Indian journal of veterinary science and animal husbandry - Volume 14,
Year: 1944
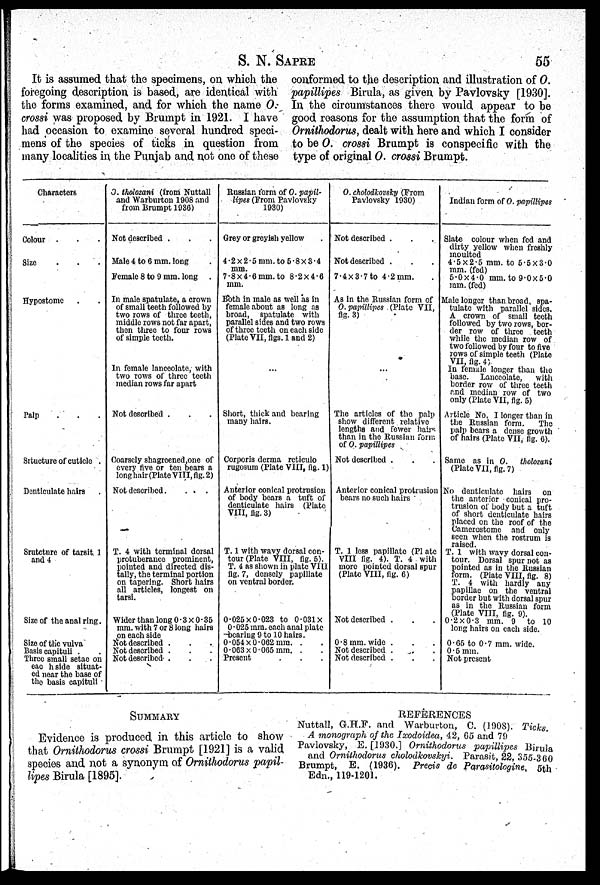
S. N.
SAPRE
55
It is assumed that the specimens, on which the
foregoing description is based, are identical with
the forms examined, and for which the name O.
crossi was proposed by Brumpt in 1921. I have
had occasion to examine several hundred speci-
mens of the species of ticks in question from
many localities in the Punjab and not one of these
conformed to the description and illustration of O.
papillipes Birula, as given by Pavlovsky [1930].
In the circumstances there would appear to be
good reasons for the assumption that the form of
Ornithodorus, dealt with here and which I consider
to be O. crossi Brumpt is conspecific with the
type of original O. crossi Brumpt.
Characters
Colour . . .
Size . . .
Hypostome . .
Palp . . .
Srtucture of cuticle .
Denticulate hairs .
Srutcture of tarsited
and 4
Size of the anal ring.
Size of the vulva
Basis capituli .
Three small setae on
eac hside situat-
ed near the base of
the basis capituli
O. tholozani (from Nuttall
and Warburton 1908 and
from Brumpt 1936)
Not described . . .
Male 4 to 6 mm. long .
Female 8 to 9 mm. long .
In male spatulate, a crown
of small teeth followed by
two rows of three teeth,
middle rows not far apart,
then three to four rows
of simple teeth.
In female lanceolate, with
two rows of three teeth
median rows far apart
Not described . . .
Coarsely shagrcened,one of
every five or ten bears a
long hair (Plate VIII, fig. 2)
Not described .
. . .
T. 4 with terminal dorsal
protuberance prominent,
pointed and directed dis-
tally, the terminal portion
on tapering. Short hairs
all articles, longest on
tarsi.
Wider than long 0.3 × 0.35
mm. with 7 or 8 long hairs
on each side
Not described . . .
Not described . . .
Not described . . .
Russian form of O. papil-
lipes (From Pavlovsky
1930)
Grey or greyish yellow .
4.2 × 2.5 mm. to 5.8 × 3.4
mm.
7.8 × 4.6 mm. to 8.2 × 4.6
mm.
Both in male as well as in
female about as long as
broad, spatulate with
parallel sides and two rows
of three teeth on each side
(Plate VII, figs, 1 and 2)
...
Short, thick and hearing
many hairs.
Corporis derma reticulo
rugosum (Plate VIII, fig. 1)
Anterior conical protrusion
of body bears a tuft of
denticulate hairs (Plate
VIII, fig. 3)
T. 1 with wavy dorsal con-
tour (Plate VIII, fig. 5).
T. 4 as shown in plate VIII
fig. 7, densely papillate
on ventral border.
0.026 × 0.023 to 0.031 ×
0.025 mm. each anal plate
bearing 9 to 10 hairs.
0.054 × 0.062 mm. . .
0.063 × 0.065 mm. . .
Present . . .
O. cholodkovsky (From
Pavlovsky 1930)
Not described . . .
Not described . . .
7.4 × 3.7 to 4.2 mm.
As in the Russian form of
O. papillipes (Plate VII,
fig. 3)
...
The articles of the palp
show different relative
lengths and fewer hairs
than in the Russian form
of O. papillipes
Not described . . .
Anterior conical protrusion
bears no such hairs
T. 1 less papillate (Plate
VIII fig. 4). T. 4 with
more pointed dorsal spur
(Plate VIII, fig. 6)
Not described .
0.8 mm. wide . . .
Not described . . .
Not described . . .
Indian form of O. papillipes
Slate colour when fed and
dirty yellow when freshly
moulted
4.5 × 2.5 mm. to 5.5 × 3.0
mm. (fed)
5.0 × 4.0 mm. to 9.0 × 5.0
mm. (fed)
Male longer than broad, spa-
tulate with parallel sides.
A crown of small teeth
followed by two rows, bor-
der row of three teeth
while the median row of
two followed by four to five
rows of simple teeth (Plate
VII, fig. 4)
In female longer than the
base. Lanccolate, with
border row of three teeth
and median row of two
only (Plate VII, fig. 5)
Article No. I longer than in
the Russian form.
The
palp bears a dense growth
of hairs (Plate VII, fig. 6).
Same as in O. tholozani
(Plate VII, fig. 7)
No denticulate hairs on
the anterior conical pro-
trusion of body but a tuft
of short denticulate hairs
placed on the roof of the
Camerostome and only
seen when the rostrum is
raised.
T. 1 with wavy dorsal con-
tour. Dorsal spur not as
pointed as in the Russian
form. (Plate VIII, fig. 8)
T. 4 with hardly any
papillae on the ventral
border but with dorsal spur
as in the Russian form
(Plate VIII, fig. 9).
0.2x0.3 mm. 9 to 10
long hairs on each side.
0.65 to 0.7 mm. wide.
0.5 mm.
Not present
SUMMARY
Evidence is produced in this article to show
that Ornithodorus crossi Brumpt [1921] is a valid
species and not a synonym of Ornithodorus papil-
lipes Birula [1895].
REFERENCES
Nuttall, G.H.F. and Warburton, C. (1908). Ticks.
A monograph of the Ixodoidea, 42, 65 and 79
Pavlovsky, E. [1930.] Ornithodorus papillipes Birula
and Ornithodorus cholodkovskyi. Parasit, 22, 355-360
Brumpt, E. (1936). Precis de Parasitologine. 5th
Edn., 119-1201.